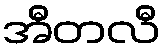
အီတလီ